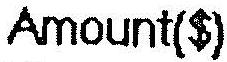
AMOUNT($)